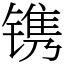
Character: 镌